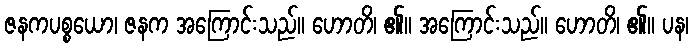
ဇနကပစ္စယော၊ ဇနက အကြောင်းသည်။ ဟောတိ၊ ၏။ အကြောင်းသည်။ ဟောတိ၊ ၏။ ပန၊